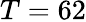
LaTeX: T=62